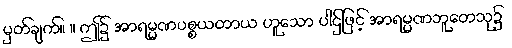
မှတ်ချက်။ ။ ဤ၌ အာရမ္မဏပစ္စယတာယ ဟူသော ပါဌ်ဖြင့် အာရမ္မဏဘူတေသု၌